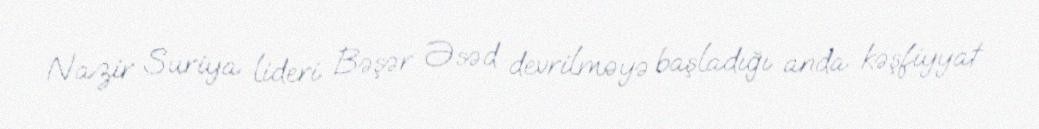
Nazir Suriya lideri Bəşər Əsəd devrilməyə başladığı anda kəşfiyyat